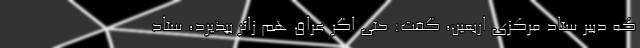
که دبیر ستاد مرکزی اربعین، گفت: حتی اگر عراق هم زائر بپذیرد، ستاد